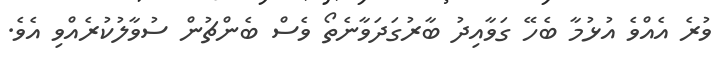
ވުރެ އެއްވެ އުޅުމާ ބެހޭ ގަވާއިދު ބާރުގަދަވާނެތޯ ވެސް ބެންޗުން ސުވާލުކުރެއްވި އެވެ.